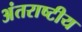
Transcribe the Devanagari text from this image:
अंतराष्टीय